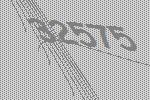
32575